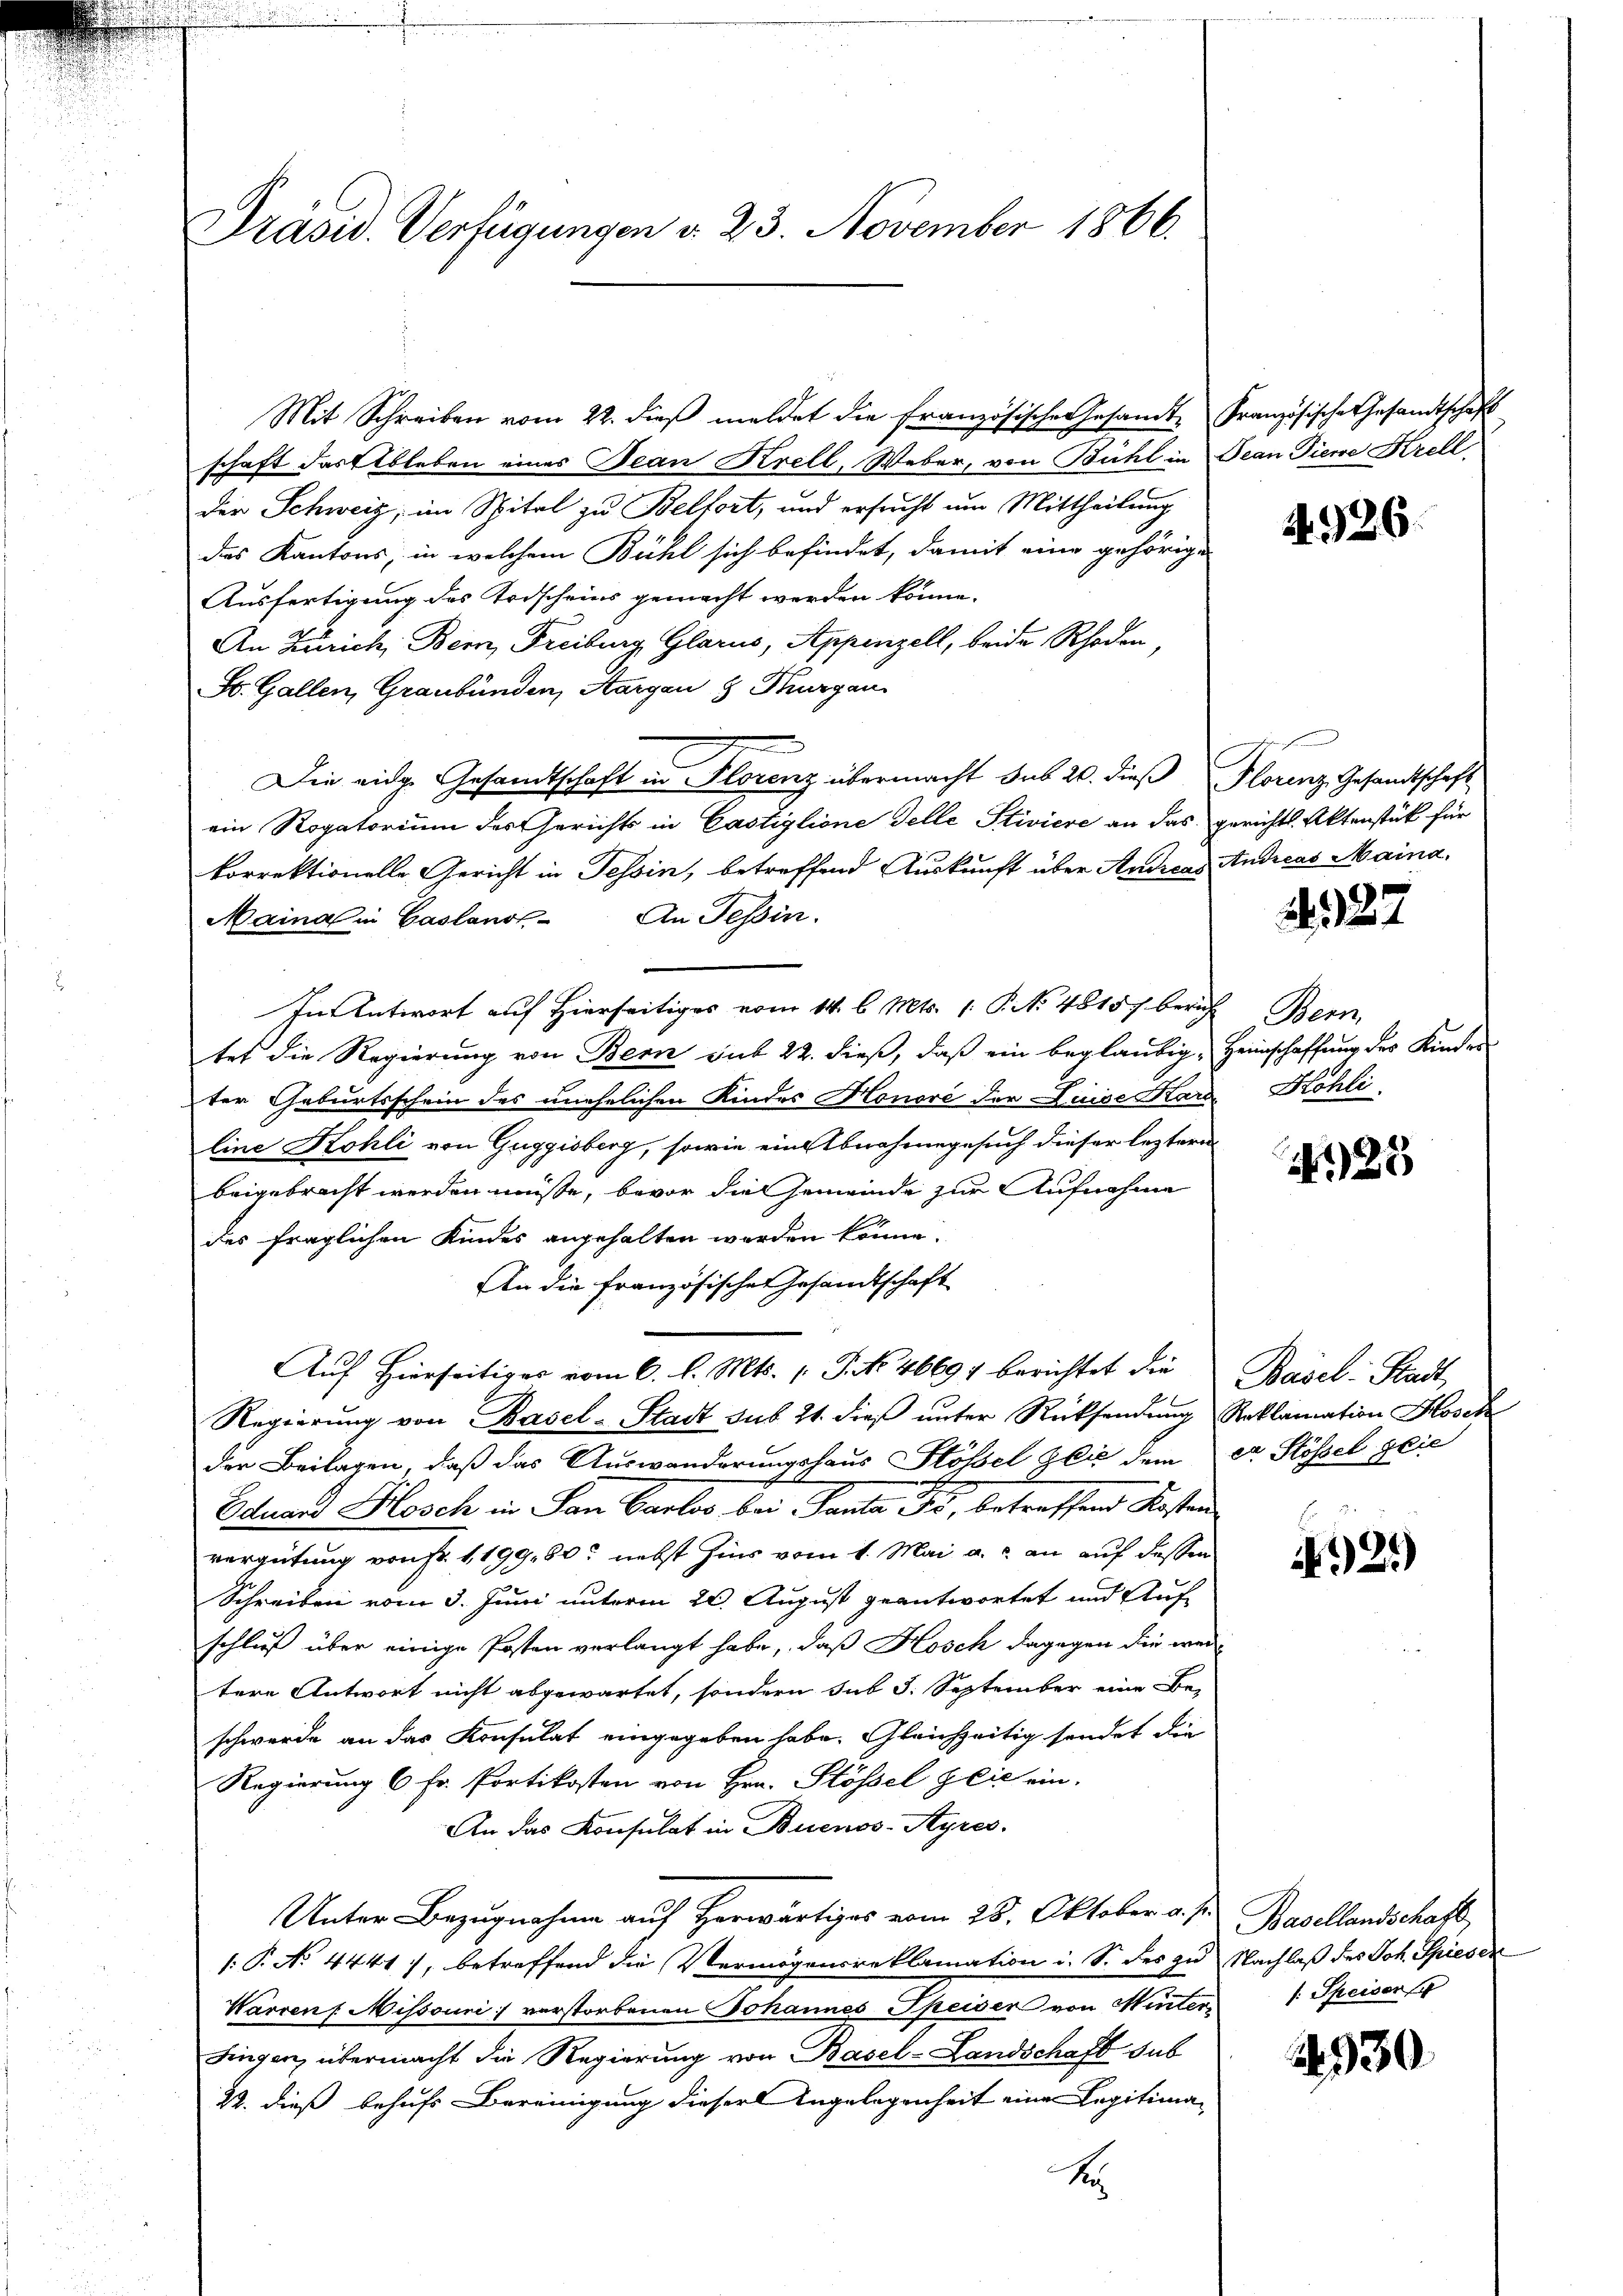
Präsid. Verfügungen d. 23. November 1866.

Mit Schreiben vom 22. dieβ meldet die französische Gesandte Französische Gesandtschaft
schaft das Ableben eines Jean Krell, Weber, von Bühl in Jean Tiere Krell
Der Schweiz, im Spital zu Belfort, und ersucht um Mittheilung
des Kantons, in welchem Bühl sich befindet, damit eine gehörige
Ausfertigung des Todscheins gemacht werden könne.
An Zürich, Bern, Freiburg Glarus, Appenzell, beide Rhoden,
St. Gallen, Graubünden, Aargau § Thurgau
Die eidge Gesandtschaft in Florenz übermacht das 20. dieß Florenz Gesandtschaft
ein Rogatorium des Gerichts in Castiglione Felle Stiviere an das gerichtl. Aktenstück für
korrektionelle Gericht in Tessin, betreffend Auskunft über Andreas Andreas Maina¬
Maina in Gaslands- An Tessin.
In Antwort auf Hierseitiges vom 14. b. Mts. 1. P. No 48157 berich Bern,
tet die Regierung von Bern sub 22. dieß, daß ein beglaubig, Heimschaffung des Kinder
ter Geburtsschein des unehelichen Kindes Honore der Luise Kard Köhli
line Kohli von Guggisberg, sowie ein Abnahmegesuch dieser leztere
beigebracht werden müsse, bevor die Gemeinde zur Aufnahme
des fraglichen Kindes angehalten werden könne.
An die französischen Gesandtschaft
Auf hierseitiges vom 6. l. Mts. 1. P. No 46697 berichtet die Basel-Stadt
Regierŭng von Basel-Stadt sub 21. dieβ ŭnter Rücksendŭng Reklamation Hosek
der Beilagen, daß das Auswanderungshaus Stössel Gli dem er Stössel glie
Eduard Hosch in San Carter bei Tante Gs, betreffend Kosten
vergütung von Fr. 1199. 60 nebst hins vom 1. Mai a.c. an auf dassen
Schreiben vom 3. Juni unterm 20. August geantwortet und Aufschluß über einige Posten verlangt habe, daß Hosch dagegen die wei-
tere Antwort nicht abgewartet, sondern sub 5. September eine Be-
schwerde an das Konsulat eingegeben habe. Gleichzeitig sendet die
Regierung 6 Fr. Portikosten von Hrn. Stössel geie ein.
An das Konsulat in Buenos-Ayres.
Unter Bezugnahme auf Herwärtiges vom 28. Oktober v. J. Basellandschaft,
1: P. No 4441), betreffend die Vermögensreklamation i. S. des zu Nachlaß des Joh. Spieser
Warren Missouri verstorbenen Johannes Speiser von Winter 1 Speiser
singen, übermacht die Regierung von Basel-Landschaft sub
22. dieß behufs Bereinigung dieser Angelegenheit eine Legitima¬
S

4926.

1922

425

d
21)

2930